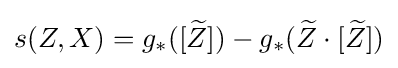
s(Z,X)=g_{*}([{\widetilde {Z}}])-g_{*}({\widetilde {Z}}\cdot [{\widetilde {Z}}])